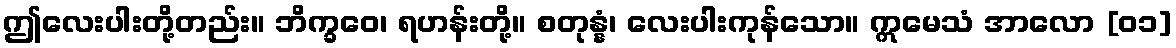
ဤလေးပါးတို့တည်း။ ဘိက္ခဝေ၊ ရဟန်းတို့။ စတုန္နံ၊ လေးပါးကုန်သော။ ဣမေသံ အာလော [၀၁]